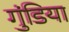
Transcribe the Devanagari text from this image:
गुंडिया